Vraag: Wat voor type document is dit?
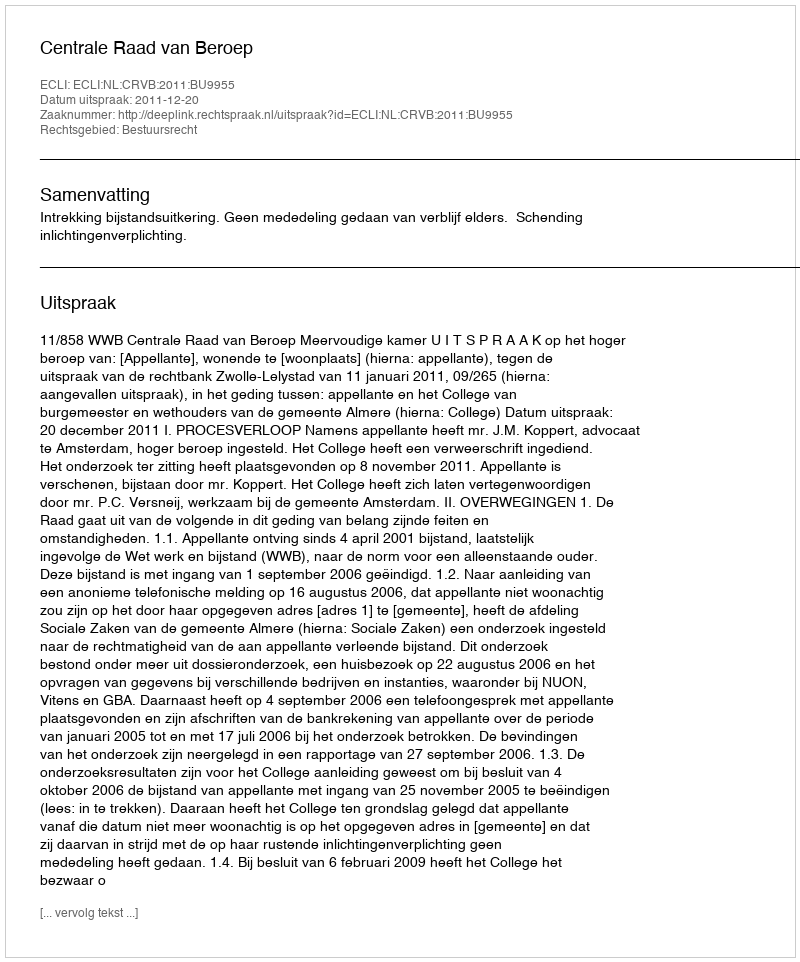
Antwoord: Uitspraak